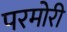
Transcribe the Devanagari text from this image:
परमोरी